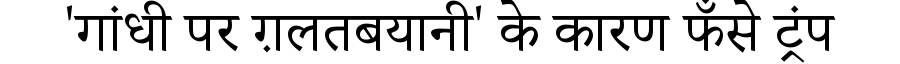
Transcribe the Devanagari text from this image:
'गांधी पर ग़लतबयानी' के कारण फँसे ट्रंप